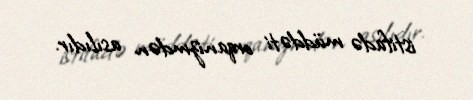
istifadə müddəti orqanizmdən asılıdır.